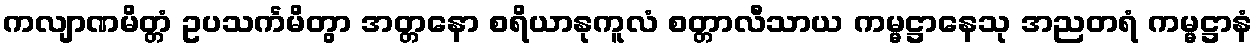
ကလျာဏမိတ္တံ ဥပသင်္ကမိတွာ အတ္တနော စရိယာနုကူလံ စတ္တာလီသာယ ကမ္မဋ္ဌာနေသု အညတရံ ကမ္မဋ္ဌာနံ